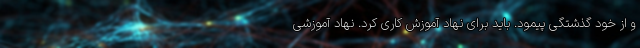
و از خود گذشتگی پیمود. باید برای نهاد آموزش کاری کرد. نهاد آموزشی